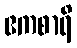
ဧကစာရိ